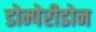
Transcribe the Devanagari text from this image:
डोम्पेरीडोन